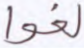
لغوا